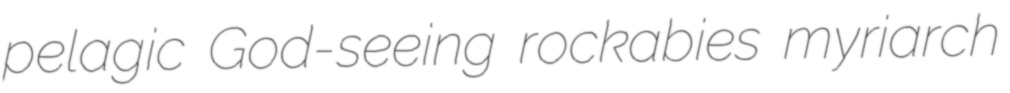
pelagic God-seeing rockabies myriarch